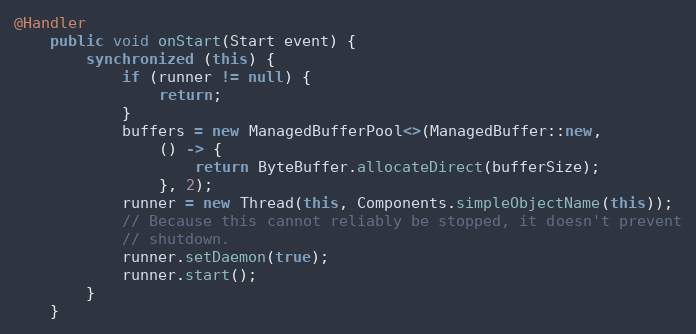
Language: Java
@Handler
    public void onStart(Start event) {
        synchronized (this) {
            if (runner != null) {
                return;
            }
            buffers = new ManagedBufferPool<>(ManagedBuffer::new,
                () -> {
                    return ByteBuffer.allocateDirect(bufferSize);
                }, 2);
            runner = new Thread(this, Components.simpleObjectName(this));
            // Because this cannot reliably be stopped, it doesn't prevent
            // shutdown.
            runner.setDaemon(true);
            runner.start();
        }
    }